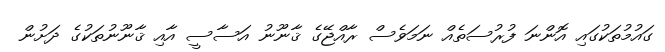
ގައުމުތަކުގައި އޮންނަ ފުރުސަތެއް ނަމަވެސް ރާއްޖޭގެ ޤާނޫނު އަސާސީ އާއި ޤާނޫނުތަކުގެ ދަށުން